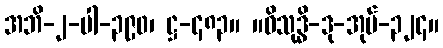
အဘိ-၂-ပါ-၃၉၀၊ ဋ္ဌ-၄၈၃။ ။ဝိသုဒ္ဓိ-ဒု-အုပ်-၃၂၄။